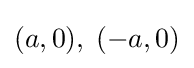
(a,0),\;(-a,0)